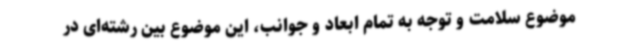
موضوع سلامت و توجه به تمام ابعاد و جوانب، این موضوع بین رشته‌ای در